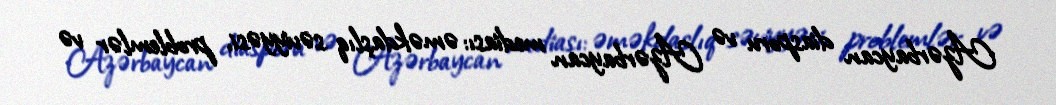
Azərbaycan diasporu və Azərbaycan mediası: əməkdaşlıq səviyyəsi, problemlər və